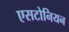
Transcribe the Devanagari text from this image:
एसटोनियन